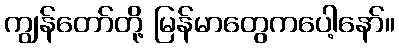
ကျွန်တော်တို့ မြန်မာတွေကပေါ့နော်။